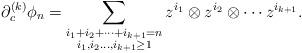
LaTeX: \begin{align*} \partial_c^{(k)}\phi_n=\sum_{\substack{i_1+i_2+\dots +i_{k+1}=n\\ i_{1},i_{2}\dots,i_{k+1}\ge1}}z^{i_1}\otimes z^{i_2}\otimes \cdots z^{i_{k+1}}.\end{align*}